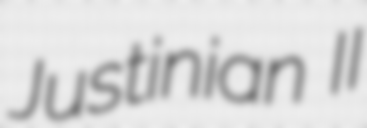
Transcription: Justinian II